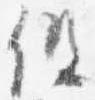
但